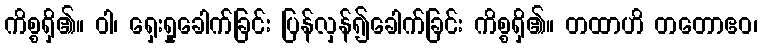
ကိစ္စရှိ၏။ ဝါ၊ ရှေးရှုခေါက်ခြင်း ပြန်လှန်၍ခေါက်ခြင်း ကိစ္စရှိ၏။ တထာဟိ တတောဧဝ၊